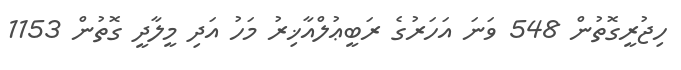
ހިޖުރީގޮތުން 548 ވަނަ އަހަރުގެ ރަބީޢުލްއާޚިރު މަހު އަދި މީލާދީ ގޮތުން 1153